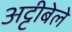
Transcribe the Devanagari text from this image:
अट्टीबेले